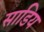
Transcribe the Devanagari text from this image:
साडिय